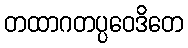
တထာဂတပ္ပဝေဒိတေ